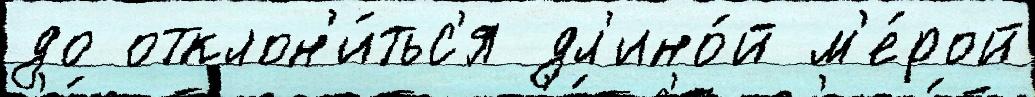
до отклон'и́тьс'я дл'ино́й м'е́рой